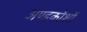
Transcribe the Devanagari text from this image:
अण्डकोशों